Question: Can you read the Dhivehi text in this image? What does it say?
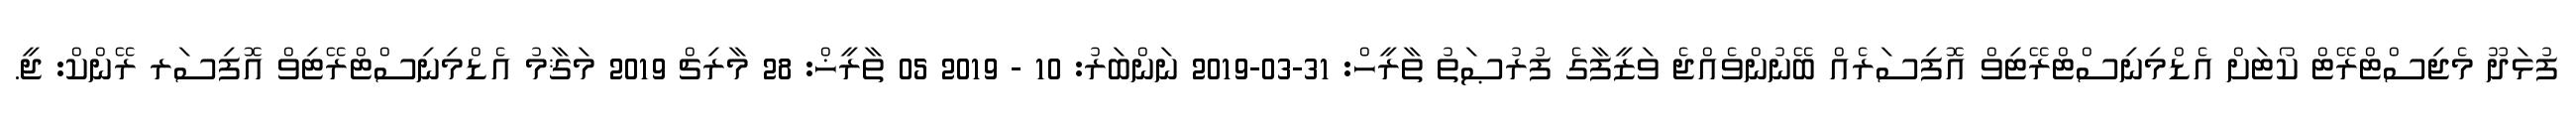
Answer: ފުޅަދޫ މެޖިސްޓްރޭޓް ކޯޓަށް އެޑްމިނިސްޓްރޭޓިވް އޮފިސަރެއް ބޭނުންވެއްޖެ ވަޒީފާގެ ފުރުޞަތު ތާރީހް: 31-03-2019 ނަންބަރު: 10 - 2019 05 ތާރީޚް: 28 މާރިޗް 2019 މަޤާމު އެޑްމިނިސްޓްރޭޓިވް އޮފިސަރ ރޭންކް: ޖީ.